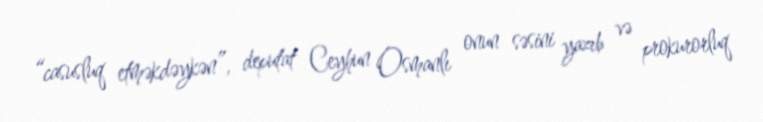
“casusluq etməkdəykən”, deputat Ceyhun Osmanlı onun səsini yazıb və prokurorluq